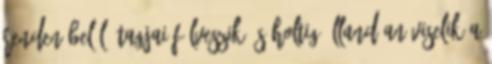
renden belül. Tagjai fölveszik és holtig állandóan viselik a